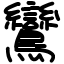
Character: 鸞